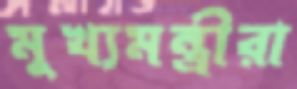
মুখ্যমন্ত্রীরা